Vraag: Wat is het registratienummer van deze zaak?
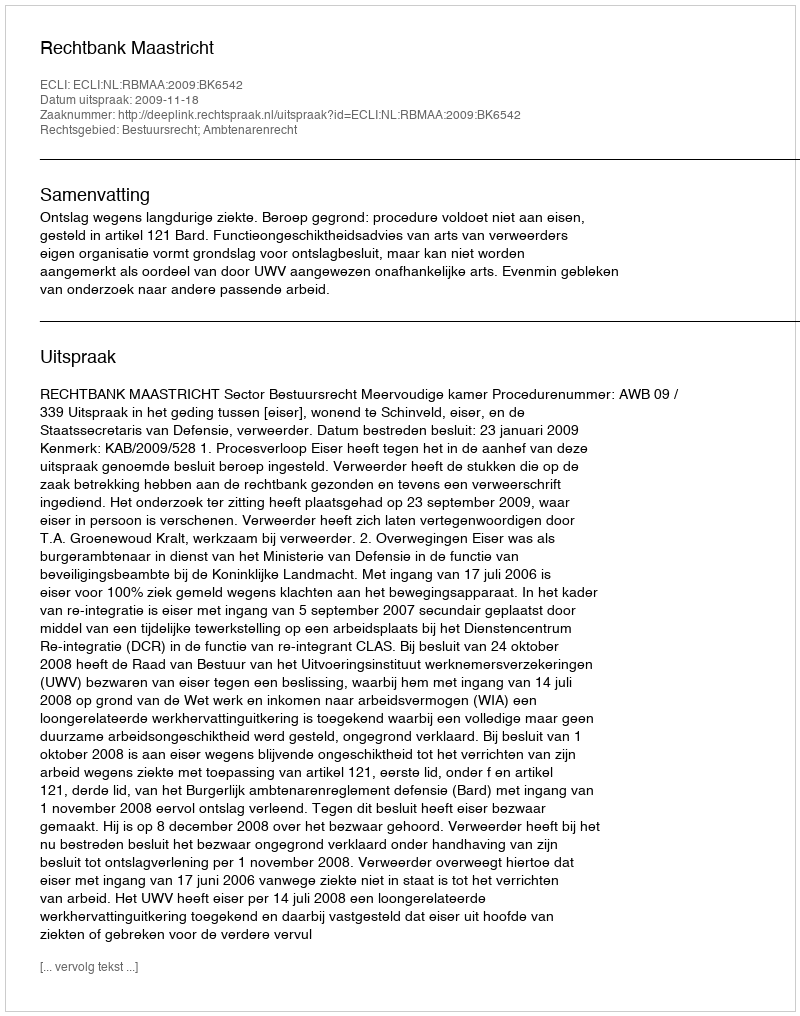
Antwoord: http://deeplink.rechtspraak.nl/uitspraak?id=ECLI:NL:RBMAA:2009:BK6542